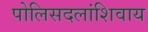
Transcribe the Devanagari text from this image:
पोलिसदलांशिवाय